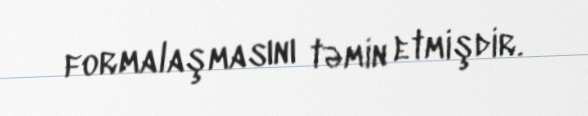
formalaşmasını təmin etmişdir.